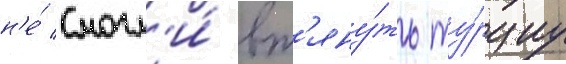
н'е́ смогл'и́ вт'яну́ть ту́рциу